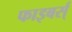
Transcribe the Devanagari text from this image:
फाइबर्स्